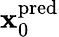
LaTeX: \mathbf{x}_{0}^{\mathrm{pred}}